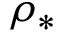
\rho _ { * }